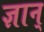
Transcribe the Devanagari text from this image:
ज्ञान्